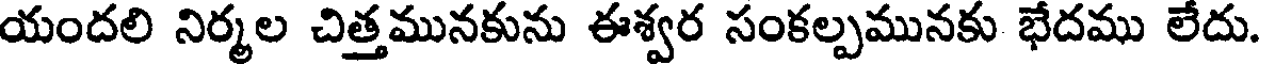
యందలి నిర్మల చిత్తమునకును ఈశ్వర సంకల్పమునకు భేదము లేదు.